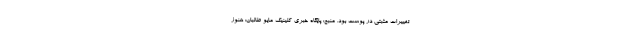
تغییرات مثبتی در پوست بود. منبع: پایگاه خبری کلینیک مایو طالبان: هنوز